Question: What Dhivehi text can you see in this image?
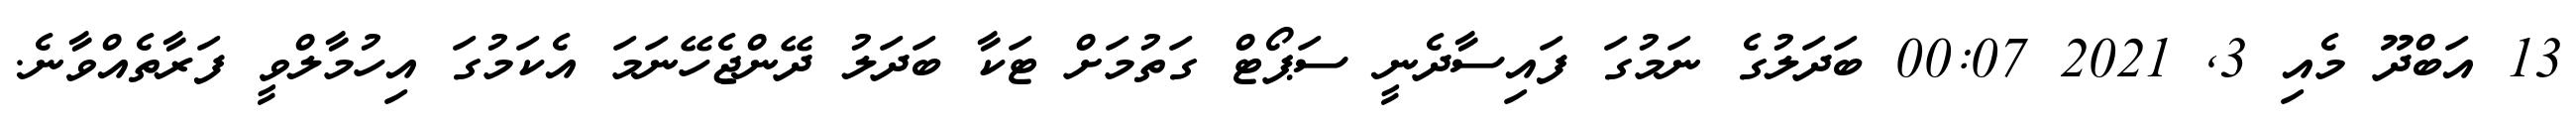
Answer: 13 އަބްދޫ މެއި 3, 2021 00:07 ބަދަލުގެ ނަމުގަ ފައިސާދެނީ ސަޕޯޓް ގަތުމަށް ޓަކާ ބަދަލު ދޭންޖެހޭނަމަ އެކަމުގަ އިހުމާލްވީ ފަރާތެއްވާނެ.